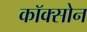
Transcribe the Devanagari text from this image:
कॉक्सोन